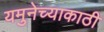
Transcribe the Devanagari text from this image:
यमुनेच्याकाठी